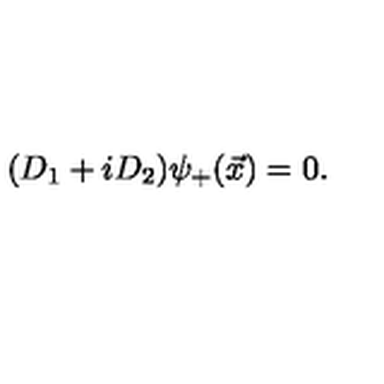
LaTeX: ( D _ { 1 } + i D _ { 2 } ) { \psi } _ { + } ( \vec { x } ) = 0 .